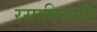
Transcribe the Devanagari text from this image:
रसादिध्वनि